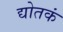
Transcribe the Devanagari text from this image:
द्योतकं